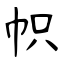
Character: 帜